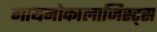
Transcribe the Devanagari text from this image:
गायनोकालाजिस्ट्स